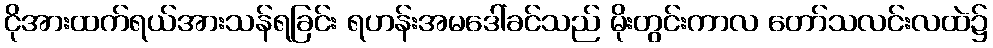
ငိုအားထက်ရယ်အားသန်ရခြင်း ရဟန်းအမဒေါ်ခင်သည် မိုးတွင်းကာလ တော်သလင်းလထဲ၌